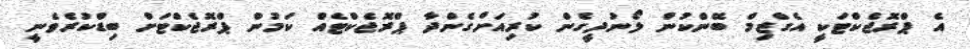
އެ ޕްރޮޖެކްޓަކީ އެގްޒިމް ބޭންކުން ލޯނުދީގެން ކުރިއަށްގެންދާ ޕްރޮޖެކްޓެއް ކަމުން ޕްރޮޖެކްޓަށް ބިޑްކުރެވެނީ